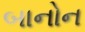
બાનોન